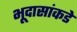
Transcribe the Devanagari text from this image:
भूदासांकडे